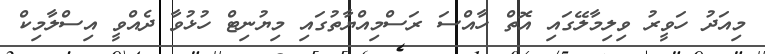
މިއަދު ހަވީރު ވިލިމާލޭގައި އޮތް ހާއްސަ ރަސްމިއްޔާތުގައި މިޔުނިޓް ހުޅުވާ ދެއްވީ އިސްލާމިކް